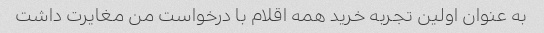
به عنوان اولین تجربه خرید همه اقلام با درخواست من مغایرت داشت